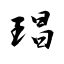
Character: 琩